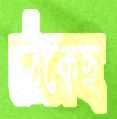
ঠেকেছ